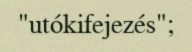
"utókifejezés";